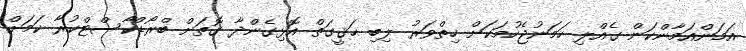
އަމަންއަމާންކަން ގެއްލި ހަމަނުޖެހުމަކަށް ހިތްވަރު ލިބި ޙަޤީގަތް އޮޅިގެންދާ ގޮތަށް ބްރޯޑްކާސްޓްކުރާ ކަމަށް